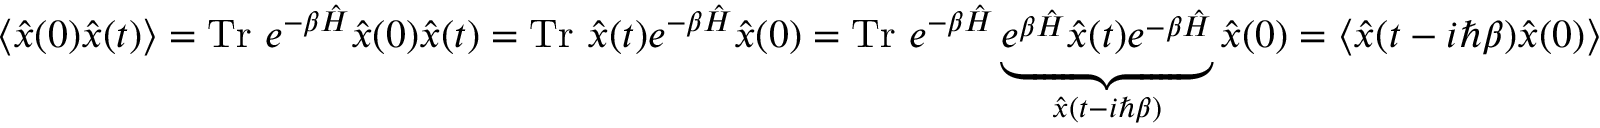
\langle { \hat { x } } ( 0 ) { \hat { x } } ( t ) \rangle = { \mathrm { T r ~ } } e ^ { - \beta { \hat { H } } } { \hat { x } } ( 0 ) { \hat { x } } ( t ) = { \mathrm { T r ~ } } { \hat { x } } ( t ) e ^ { - \beta { \hat { H } } } { \hat { x } } ( 0 ) = { \mathrm { T r ~ } } e ^ { - \beta { \hat { H } } } \underbrace { e ^ { \beta { \hat { H } } } { \hat { x } } ( t ) e ^ { - \beta { \hat { H } } } } _ { { \hat { x } } ( t - i \hbar \beta ) } { \hat { x } } ( 0 ) = \langle { \hat { x } } ( t - i \hbar \beta ) { \hat { x } } ( 0 ) \rangle